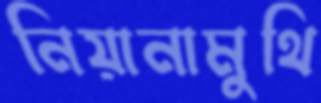
নিয়ানামুথি